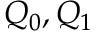
Q _ { 0 } , Q _ { 1 }